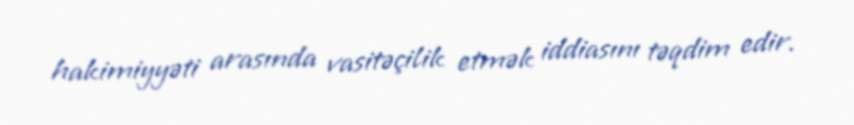
hakimiyyəti arasında vasitəçilik etmək iddiasını təqdim edir.